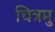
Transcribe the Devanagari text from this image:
चित्रमु